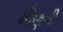
મીણની